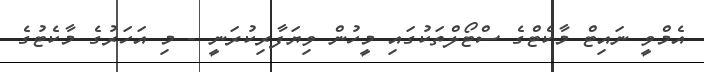
އެމްވީ ނައިޓް މާކެޓްގެ ސްޓޯލްތަކުގައި މީހުން ވިޔަފާރިކުރަނީ - މި އަހަރުގެ މާކެޓުގެ